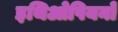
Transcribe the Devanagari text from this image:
इथिओपियनों